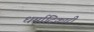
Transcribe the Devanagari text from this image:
धर्मादिकारी